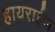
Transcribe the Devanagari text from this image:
हायराईज